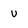
Character: u